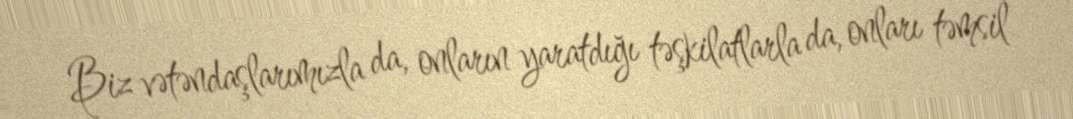
Biz vətəndaşlarımızla da, onların yaratdığı təşkilatlarla da, onları təmsil